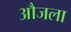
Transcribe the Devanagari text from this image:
औजला